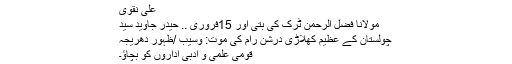
علی نقوی
مولانا فضل الرحمن ٹرک کی بتی اور 15فروری .. حیدر جاوید سید
چولستان کے عظیم کھلاڑی درشن رام کی موت: وسیب /ظہور دھریجہ
قومی علمی و ادبی اداروں کو بچاؤ۔